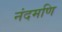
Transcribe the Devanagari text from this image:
नंदमणि